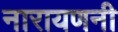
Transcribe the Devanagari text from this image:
नारायणनी